Lunatic asylums Madras 1892-1911 - 1892-1911
Year: 1892
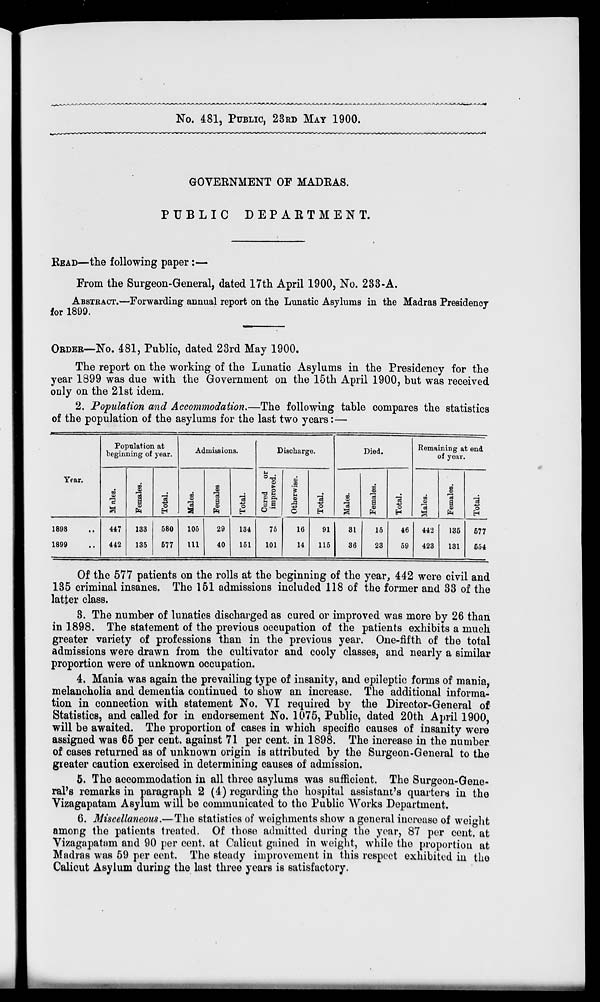
No. 481, PUBLIC, 23RD MAY 1900.
GOVERNMENT OF MADEAS.
PUBLIC DEPARTMENT.
BEAD—the following paper :—
Prom the Surgeon-General, dated 17th April 1900, No. 233-A.
ABSTRACT.—Forwarding annual report on the Lunatic Asylums in the Madras Presidency
for 1899.
ORDER—No. 481, Public, dated 23rd May 1900.
The report on the working of the Lunatic Asylums in the Presidency for the
year 1899 was due with the Government on the 15th April 1900, but was received
only on the 21st idem.
2. Population and Accommodation.—The following table compares the statistics
of the population of the asylums for the last two years:—
Population at
beginning of year.
Admissions.
Discharge.
Died.
Remaining at end
of year.
Year.
CO
S
R
CD
13
a
3 o
00
13
to
CD
13
a
5
ft
•a +-> o
E-
Cured
or
improved.
CD
0Q
'i b
CD
£
c
3
CO
9
13
CO
CD
a
CD
13
o
CO
6
13
B
CD
13
a
CD
3
H
1898
1899
447
442
133
135
580
677
105
111
29
40
134
151
75
101
16
14
91
115
31
36
15
23
46
59
442
423
135
131
677
654
Of the 577 patients on the rolls at the beginning of the year, 442 were civil and
135 criminal insanes. The 151 admissions included 118 of the former and 33 of the
latter class.
3. The number of lunatics discharged as cured or improved was more by 26 than
in 1898. The statement of the previous occupation of the patients exhibits a much
greater variety of professions than in the previous year. One-fifth of the total
admissions were drawn from the cultivator and cooly classes, and nearly a similar
proportion were of unknown occupation.
4. Mania was again the prevailing type of insanity, and epileptic forms of mania,
melancholia and dementia continued to show an increase. The additional informa-
tion in connection with statement No. VI required by the Director-General of
Statistics, and called for in endorsement No. 1075, Public, dated 20th April 1900,
will be awaited. The proportion of cases in which specific causes of insanity were
assigned was 65 per cent, against 71 per cent, in 1898. The increase in the number
of cases returned as of unknown origin is attributed by the Surgeon-General to the
greater caution exercised in determining causes of admission.
5. The accommodation in all three asylums was sufficient. The Surgeon-Gene-
ral's remarks in paragraph 2 (4) regarding the hospital assistam's quarters in the
Vizagapatam Asylum will be communicated to the Public Works Department.
6. Miscellaneous.—The statistics of woighments show a general increase of weight
among the patients treated. Of those admitted during the year, 87 per cent, at
Vizagapatam and 90 per cent, at Calicut gained in weight, while the proportion at
Madras was 59 per cent. The steady improvement in this respect exhibited in the
Calicut Asylum during the last three years is satisfactory.